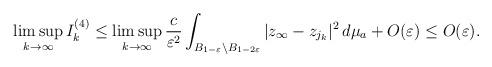
LaTeX: \begin{align*}\limsup_{k\to\infty} I_k^{(4)}\leq \limsup_{k\to\infty} \frac{c}{\varepsilon^2}\int_{B_{1-\varepsilon}\setminus B_{1-2\varepsilon}} |z_\infty-z_{j_k}|^2\,d\mu_a + O(\varepsilon)\leq O(\varepsilon).\end{align*}